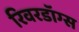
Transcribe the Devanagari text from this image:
रिवरडॉग्स